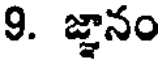
9. జ్ఞానం